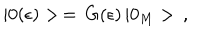
| 0 ( \epsilon ) > \, = \, G ( \epsilon ) \, | 0 _ { M } > \, { , }